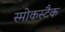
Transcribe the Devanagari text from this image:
स्मोकस्टैक